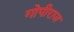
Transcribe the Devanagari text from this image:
गोपीराज